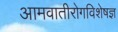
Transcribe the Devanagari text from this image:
आमवातीरोगविशेषज्ञ